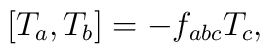
\lbrack T_{a},T_{b}]=-f_{abc}T_{c},